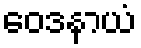
ဝေဒနာယံ